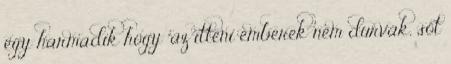
egy harmadik hogy "az itteni emberek nem durvák, sőt